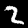
Label: 2